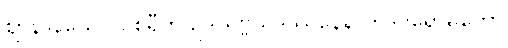
ဈာနာနိယေဝ ဝိစရီတိ ဥဒယဗ္ဗယဒဿနေန တဒဝရောဓတော